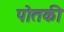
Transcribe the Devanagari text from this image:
पोतकी